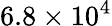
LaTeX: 6.8\times 10^{4}